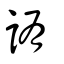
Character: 詴